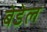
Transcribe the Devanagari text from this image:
बेडेल